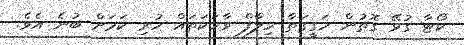
ކޯޓާ ގުޅޭ ގޮތުން ހަގީގަތާ ހިލާފް ވާހަކަތައް ހުރި ކަމަށް ބުނެ އެވެ.